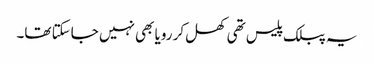
یہ پبلک پلیس تھی کھل کر رویا بھی نہیں جاسکتا تھا۔